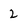
Character: 2